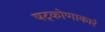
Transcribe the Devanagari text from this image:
षट्कोणाकारं